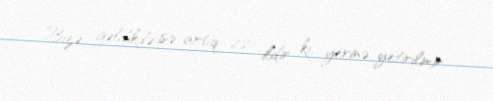
Bizə gəldikdə isə artıq 22 ildir ki, yerinə yetirilmir.